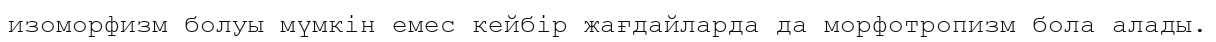
изоморфизм болуы мүмкін емес кейбір жағдайларда да морфотропизм бола алады.